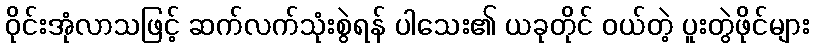
ဝိုင်းအုံလာသဖြင့် ဆက်လက်သုံးစွဲရန် ပါသေး၏ ယခုတိုင် ဝယ်တဲ့ ပူးတွဲဖိုင်များ